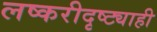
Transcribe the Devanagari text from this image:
लष्करीदृष्ट्याही